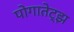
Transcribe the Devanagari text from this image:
पोगातेट्झ